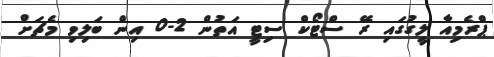
ޕްރެމިއާ ލީގުގައި ރޭ ސްޓޯކް ސިޓީ އަތުން 2-0 އިން ބަލިވި މެޗަށް